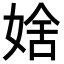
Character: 𡞆